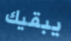
يبقيك